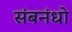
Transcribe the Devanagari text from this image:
संबनंधो